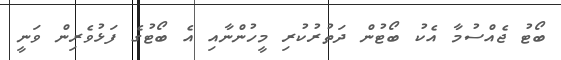
ބޯޓު ޖެއްސުމާ އެކު ބޯޓުން ދަތުރުކުރި މީހުންނާއި އެ ބޯޓުގެ ފަޅުވެރިން ވަނީ